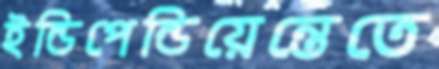
ইন্ডিপেন্ডিয়েন্তেতে